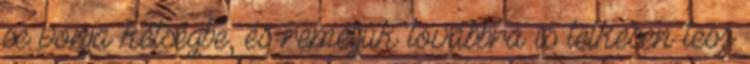
se vonja kétségbe, és reméljük továbbra is lelkesen tesz